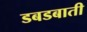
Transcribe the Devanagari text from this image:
डबडबाती